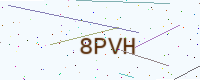
Text: 8PVH